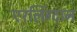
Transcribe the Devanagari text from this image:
एरलिंग्टान